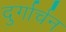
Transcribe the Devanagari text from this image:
दुर्गार्चन